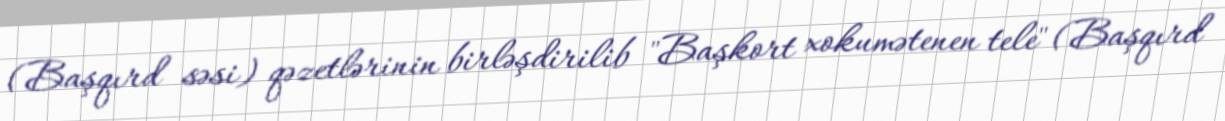
(Başqırd səsi) qəzetlərinin birləşdirilib "Başkort xokumətenen tele" (Başqırd